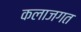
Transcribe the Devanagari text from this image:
कलाजगत